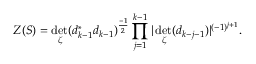
Z ( { \cal S } ) = \operatorname * { d e t } _ { \zeta } ( d _ { k - 1 } ^ { * } d _ { k - 1 } ) ^ { \frac { - 1 } { 2 } } \prod _ { j = 1 } ^ { k - 1 } \vert \operatorname * { d e t } _ { \zeta } ( d _ { k - j - 1 } ) \vert ^ { ( - 1 ) ^ { j + 1 } } .